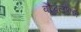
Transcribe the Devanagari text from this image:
बौद्धलोकात